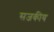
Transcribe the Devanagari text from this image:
सजकीय